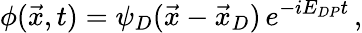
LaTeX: \phi(\vec{x},t)=\psi_{D}(\vec{x}-\vec{x}_{D})\, e^{-iE_{DP}t}\, ,